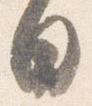
日